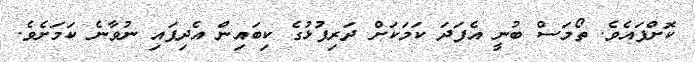
ކޮށްފައެވެ. ތޯމަސް ބުނީ އެފަދަ ކަމަކަށް ދަރިފުޅުގެ ކިބައިން އެދިފައި ނުވާނެ ކަމަށެވެ.